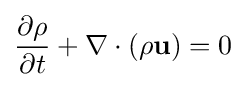
{\frac {\partial \rho }{\partial t}}+\nabla \cdot (\rho \mathbf {u} )=0\,\!